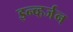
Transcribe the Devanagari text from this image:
इन्व्हर्जन